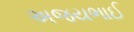
અજયભાઈ